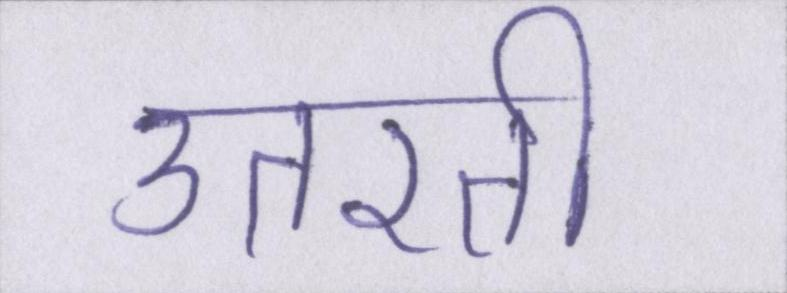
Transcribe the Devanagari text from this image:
उतरती